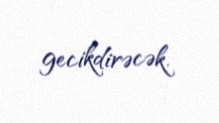
gecikdirəcək.